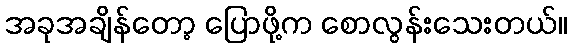
အခုအချိန်တော့ ပြောဖို့က စောလွန်းသေးတယ်။